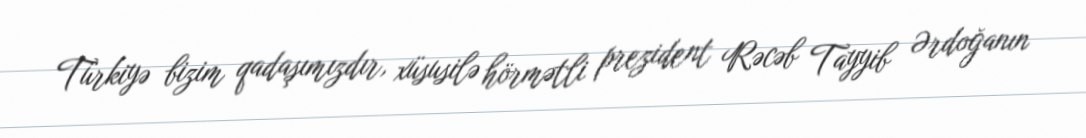
Türkiyə bizim qadaşımızdır, xüsusilə hörmətli prezident Rəcəb Tayyib Ərdoğanın